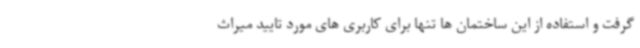
گرفت و استفاده از این ساختمان ها تنها برای کاربری های مورد تایید میراث